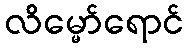
လိမ္မော်ရောင်